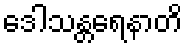
ဒေါသန္တရေနာတိ